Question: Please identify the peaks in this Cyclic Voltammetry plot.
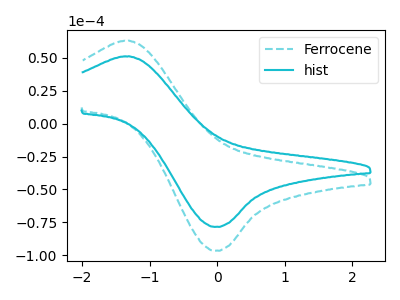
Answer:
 <answer>The cyan dashed curve "Ferrocene" has an anodic peak at (-1.35V, 63.05uA) and a cathodic peak at (-0.05V, -96.60uA). The cyan curve "hist" has an anodic peak at (-1.35V, 51.25uA) and a cathodic peak at (-0.05V, -78.45uA).</answer>
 <eval></eval>